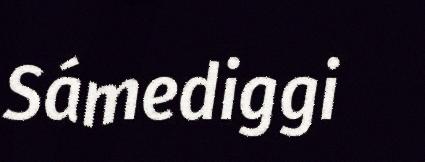
Sámediggi